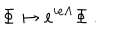
\Phi \mapsto e ^ { i e \Lambda } \Phi ~ .